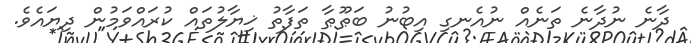
ދާނެ ނުދާނެ ތަނެއް ނުއެނގި އިބުނު ބަޠޫޠާ ތަފާތު ޚިޔާލުތައް ކުރައްވަމުން ދިޔައެވެ.